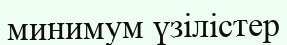
минимум үзілістер